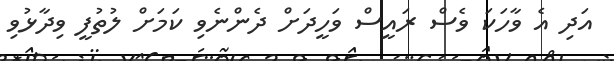
އަދި އެ ވާހަކަ ވެސް ރައީސް ވަހީދަށް ދެންނެވި ކަމަށް ލުތުފީ ވިދާޅުވި